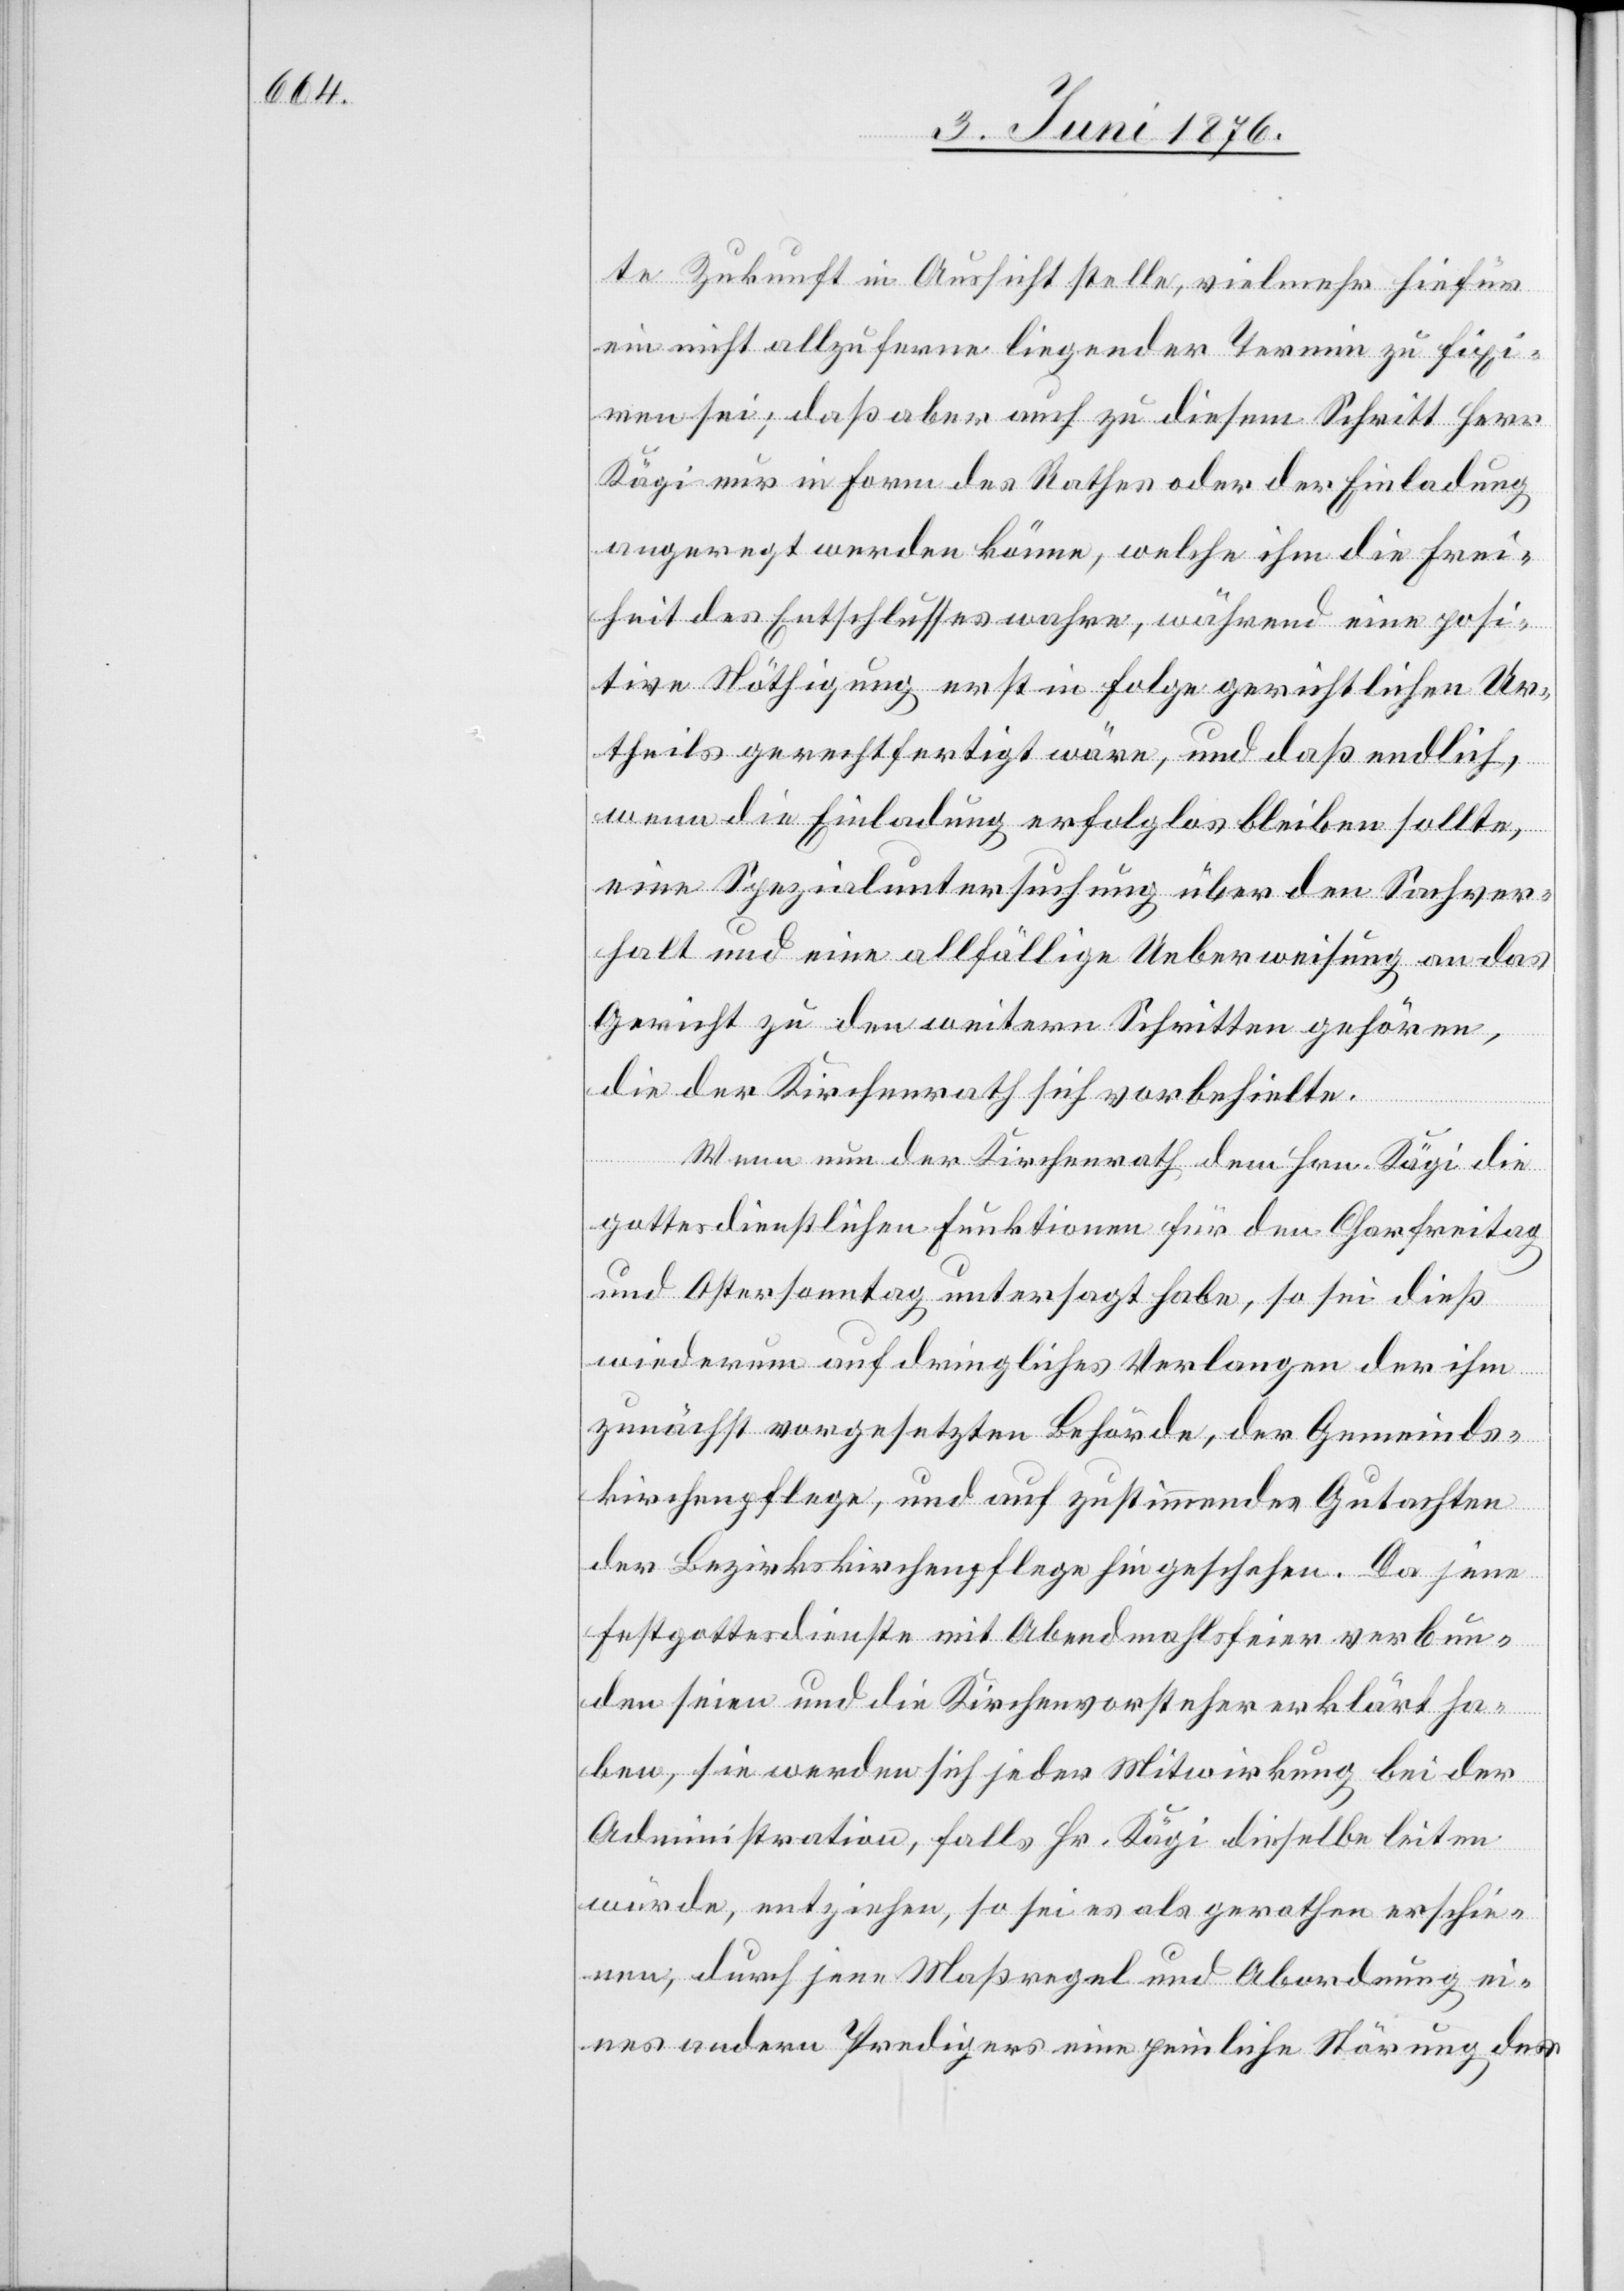
te Zukunft in Aussicht stelle, vielmehr hiefür
ein nicht allzu ferne liegender Termin zu fixi¬
ren sei; daß aber auch zu diesem Schritt Herr
Kägi nur in Form des Rathes oder der Einladung
angeregt werden könne, welche ihm die Frei¬
heit des Entschlusses wahre, während eine posi¬
tive Nöthigung erst in Folge gerichtlichen Ur¬
theils gerechtfertigt wäre, und daß endlich,
wenn die Einladung erfolglos bleiben sollte,
eine Spezialuntersuchung über den Sachver¬
halt und eine allfällige Ueberweisung an das
Gericht zu weitern Schritten gehören,
die der Kirchenrath sich vorbehielte.
Wenn nun der Kirchenrath dem Hrn. Kägi die
gottesdienstlichen Funktionen für den Charfreitag
und Ostersonntag untersagt habe, so sei dieß
wiederum auf dringliches Verlangen der ihm
zunächst vorgesetzten Behörde, der Gemeinds¬
kirchenpflege, und auf zustimmendes Gutachten
der Bezirkskirchenpflege hin geschehen. Da jene
Festgottesdienste mit Abendmahlsfeier verbun¬
den seien und die Kirchenvorsteher erklärt ha¬
ben, sie werden sich jeder Mitwirkung bei der
Administration, falls Hr. Kägi dieselbe leiten
würde, entziehen, so sei es als gerathen erschie¬
nen, durch jene Maßregel und Abordnung ei¬
nes andern Predigers eine peinliche Störung der